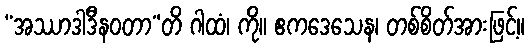
“အဿာဒါဒီနဝတာ”တိ ဂါထံ၊ ကို။ ဧကဒေသေန၊ တစ်စိတ်အားဖြင့်။